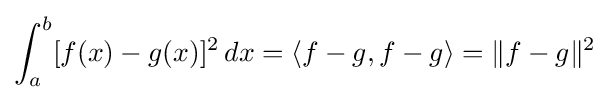
\int _{a}^{b}[f(x)-g(x)]^{2}\,dx=\left\langle f-g,f-g\right\rangle =\lVert f-g\rVert ^{2}